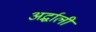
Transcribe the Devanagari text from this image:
अर्द्धाली